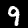
Label: 9